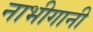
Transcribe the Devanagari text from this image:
नाभीगानी